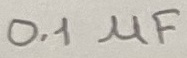
Text: 0.1µF